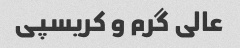
عالی گرم و کریسپی